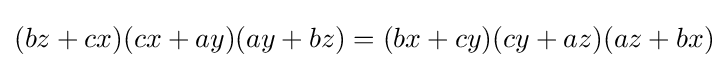
(bz+cx)(cx+ay)(ay+bz)=(bx+cy)(cy+az)(az+bx)